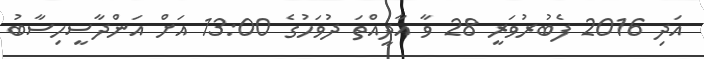
އަދި 2016 ފެބުރުވަރީ 28 ވާ އާދީއްތަ ދުވަހުގެ 13:00 އަށް އަންދާސީހިސާބު